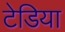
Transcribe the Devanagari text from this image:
टेडिया